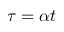
\tau = \alpha t